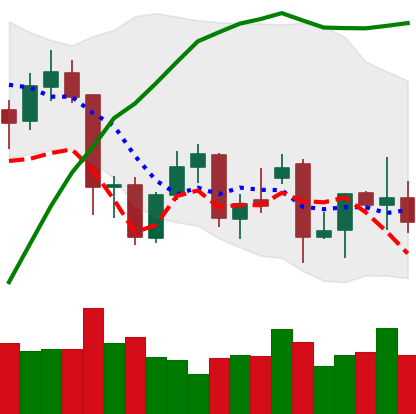
Ticker: XMR-USD
Chart end date: 2021-12-01
Forward return: -12.64%
Label: down_7plus